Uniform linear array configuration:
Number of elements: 24
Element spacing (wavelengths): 0.25
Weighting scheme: exponential
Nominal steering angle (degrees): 15
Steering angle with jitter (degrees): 16.854
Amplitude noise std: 0.05
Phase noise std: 0.05

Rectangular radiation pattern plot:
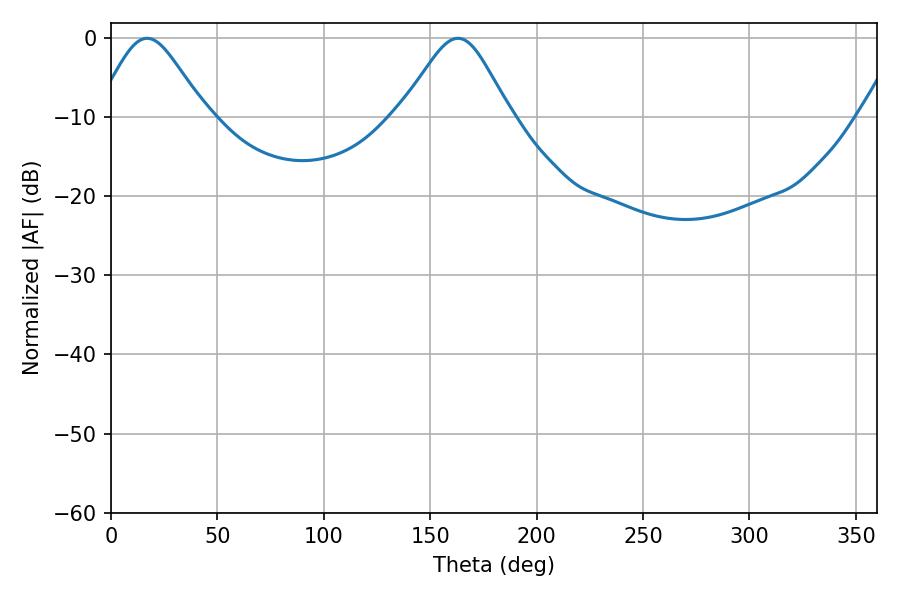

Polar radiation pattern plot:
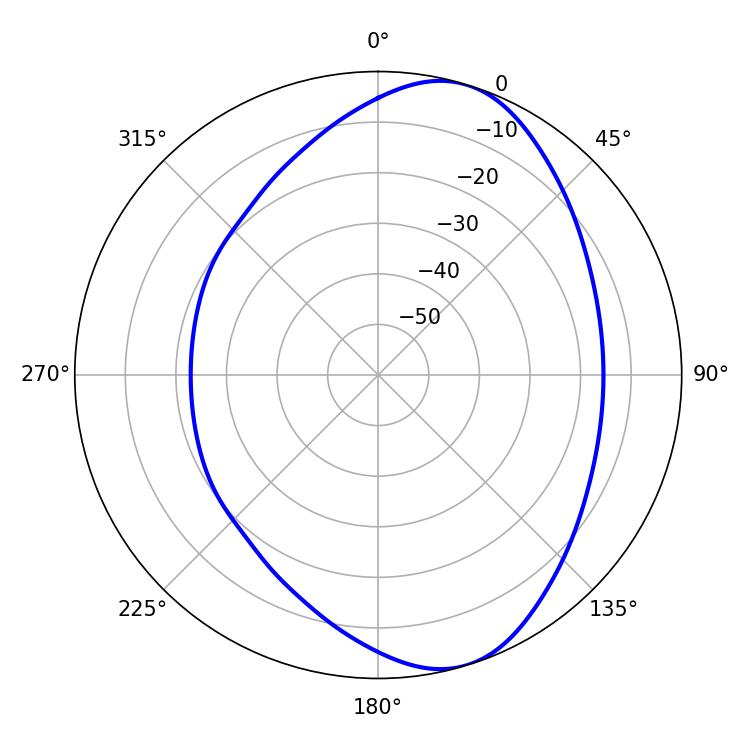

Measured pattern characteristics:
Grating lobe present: FALSE
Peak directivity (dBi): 7.692
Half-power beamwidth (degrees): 25.02
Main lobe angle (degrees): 16.92